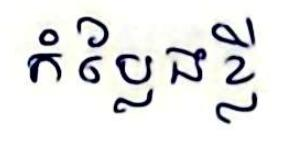
កំប្លែងខ្លី